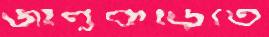
জালুকড়িতে